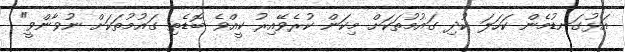
އަޅުގަނޑުމެން ކަހަލަ ކުދި ގައުމުތަކަށް މިކަން ކުރެވޭއިރު ކީއްވެ ބޮޑެތި ގައުމުތަކަށް ނުވާންވީ"